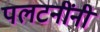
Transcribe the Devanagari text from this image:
पलटनींनी